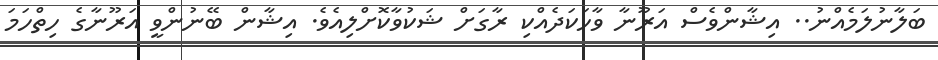
ބަލާނުލަމެއްނު.. އިޝާންވެސް އަރޫނާ ވާހަކަދެއްކި ރާގަށް ޝަކުވާކޮށްލިއެވެ. އިޝާން ބޭނުންވީ އަރޫނާގެ ހިތްހަމަ